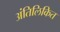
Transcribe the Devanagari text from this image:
अंतिलिकित